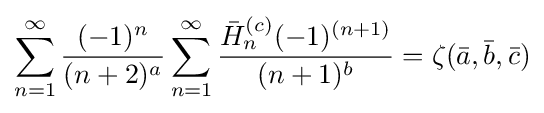
\sum _{n=1}^{\infty }{\frac {(-1)^{n}}{(n+2)^{a}}}\sum _{n=1}^{\infty }{\frac {{\bar {H}}_{n}^{(c)}(-1)^{(n+1)}}{(n+1)^{b}}}=\zeta ({\bar {a}},{\bar {b}},{\bar {c}})